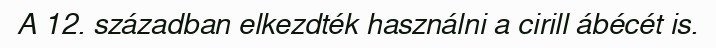
A 12. században elkezdték használni a cirill ábécét is.